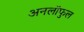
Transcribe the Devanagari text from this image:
अनलॉफुल